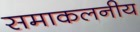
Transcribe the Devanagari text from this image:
समाकलनीय